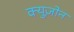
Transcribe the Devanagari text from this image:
क्युज़ोन